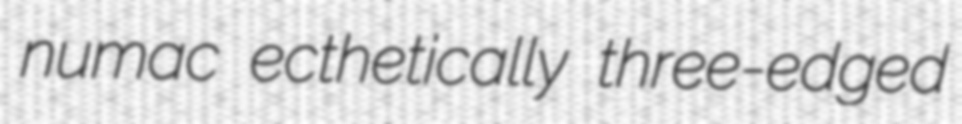
numac ecthetically three-edged